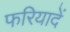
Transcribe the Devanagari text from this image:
फरियादें